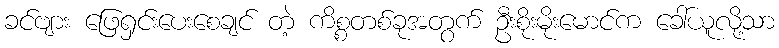
ခင်ဗျား ဖြေရှင်းပေးစေချင် တဲ့ ကိစ္စတစ်ခုအတွက် ဦးစိုးမိုးမောင်က ခေါ်ယူလို့သာ